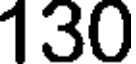
130